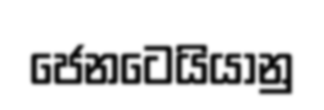
ජෙනටෙයියානු